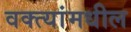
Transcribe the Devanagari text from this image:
वक्त्यांमधील